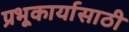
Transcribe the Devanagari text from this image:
प्रभूकार्यासाठी